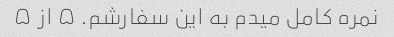
نمره کامل میدم به این سفارشم. ۵ از ۵